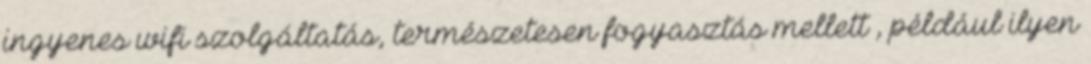
ingyenes wifi szolgáltatás, természetesen fogyasztás mellett , például ilyen